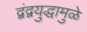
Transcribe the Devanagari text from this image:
द्वंद्वयुद्धामुळे